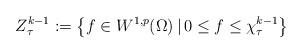
LaTeX: \begin{align*}Z_\tau^{k-1}:=\big\{f\in W^{1,p}(\Omega)\,|\,0\leq f\leq \chi_\tau^{k-1}\big\}\end{align*}